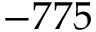
- 7 7 5